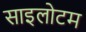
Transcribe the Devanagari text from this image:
साइलोटम